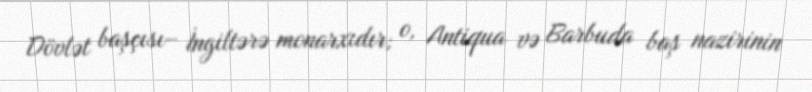
Dövlət başçısı– İngiltərə monarxıdır; o, Antiqua və Barbuda baş nazirinin